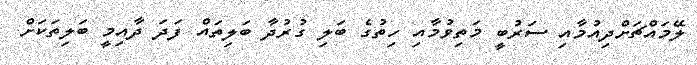
ލޭމައްޗަށްދިއުމާއި ސަރުބީ މަތިވުމާއި ހިތުގެ ބަލި ގުރުދާ ބަލިތައް ފަދަ ދާއިމީ ބަލިތަކަށް